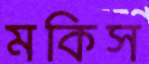
মকিস